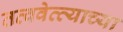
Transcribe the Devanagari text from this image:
तत्ववेत्त्याच्या